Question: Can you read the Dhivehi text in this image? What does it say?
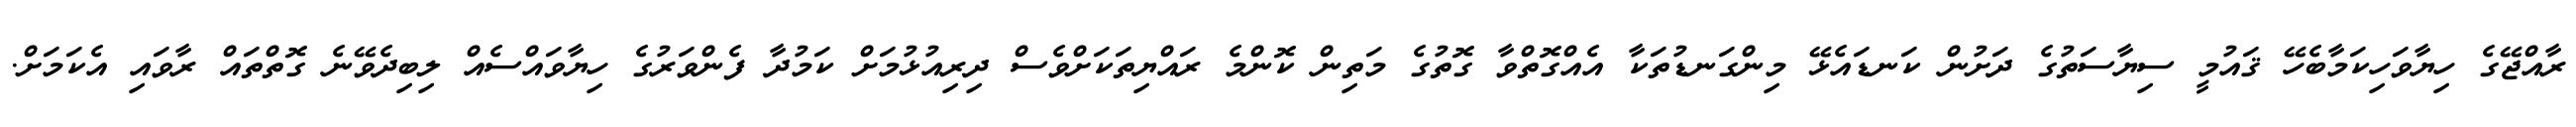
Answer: ރާއްޖޭގެ ހިޔާވަހިކަމާބެހޭ ޤައުމީ ސިޔާސަތުގެ ދަށުން ކަނޑައެޅޭ މިންގަނޑުތަކާ އެއްގޮތްވާ ގޮތުގެ މަތިން ކޮންމެ ރައްޔިތަކަށްވެސް ދިރިއުޅުމަށް ކަމުދާ ފެންވަރުގެ ހިޔާވައްސެއް ލިބިދެވޭނެ ގޮތްތައް ރާވައި އެކަމަށް.